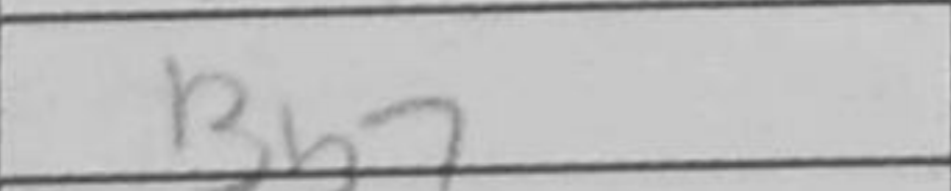
Transcription: Bb7